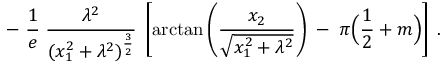
- \; \frac { 1 } { e } \; \frac { \lambda ^ { 2 } } { ( x _ { 1 } ^ { 2 } + \lambda ^ { 2 } ) ^ { \frac { 3 } { 2 } } } \; \left[ \mathrm { a r c t a n } \left( \frac { x _ { 2 } } { \sqrt { x _ { 1 } ^ { 2 } + \lambda ^ { 2 } } } \right) \; - \; \pi \Big ( \frac { 1 } { 2 } + m \Big ) \right] \; .